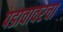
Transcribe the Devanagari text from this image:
पडावावरचा